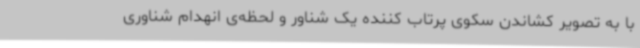
با به تصویر کشاندن سکوی پرتاب کننده یک شناور و لحظه‌ی انهدام شناوری